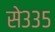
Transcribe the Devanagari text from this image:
से३३५